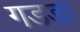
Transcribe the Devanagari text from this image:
गडडा